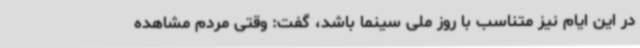
در این ایام نیز متناسب با روز ملی سینما باشد، گفت: وقتی مردم مشاهده